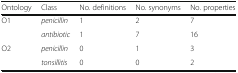
<table><thead><tr><td><b>Ontology</b></td><td><b>Class</b></td><td><b>No. definitions</b></td><td><b>No. synonyms</b></td><td><b>No. properties</b></td></tr></thead><tbody><tr><td rowspan="2">O1</td><td><i>penicillin</i></td><td>1</td><td>2</td><td>7</td></tr><tr><td><i>antibiotic</i></td><td>1</td><td>7</td><td>16</td></tr><tr><td rowspan="2">O2</td><td><i>penicillin</i></td><td>0</td><td>1</td><td>3</td></tr><tr><td><i>tonsillitis</i></td><td>0</td><td>0</td><td>2</td></tr></tbody></table>